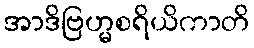
အာဒိဗြဟ္မစရိယိကာတိ